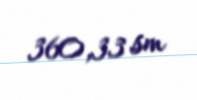
360,33 sm